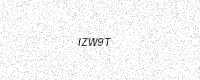
Text: IZW9T